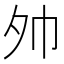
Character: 𪤷